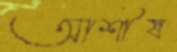
আশীষ